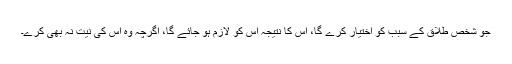
جو شخص طلاق کے سبب کو اختیار کرے گا، اس کا نتیجہ اس کو لازم ہو جائے گا، اگرچہ وہ اس کی نیت نہ بھی کرے۔